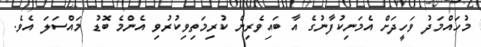
މުހައްމަދު ވަހީދަށް އެމަނިކުފާނުގެ އާ ބައިވެރިން ކުރިމަތިވިކުރުވި އެންމެ ބޮޑު މައްސަލަ އެވެ.